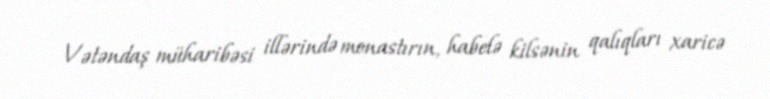
Vətəndaş müharibəsi illərində monastırın, habelə kilsənin qalıqları xaricə